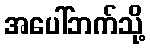
အပေါ်ဘက်သို့